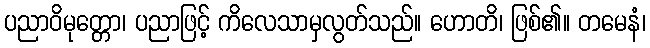
ပညာဝိမုတ္တော၊ ပညာဖြင့် ကိလေသာမှလွတ်သည်။ ဟောတိ၊ ဖြစ်၏။ တမေနံ၊